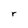
Character: r